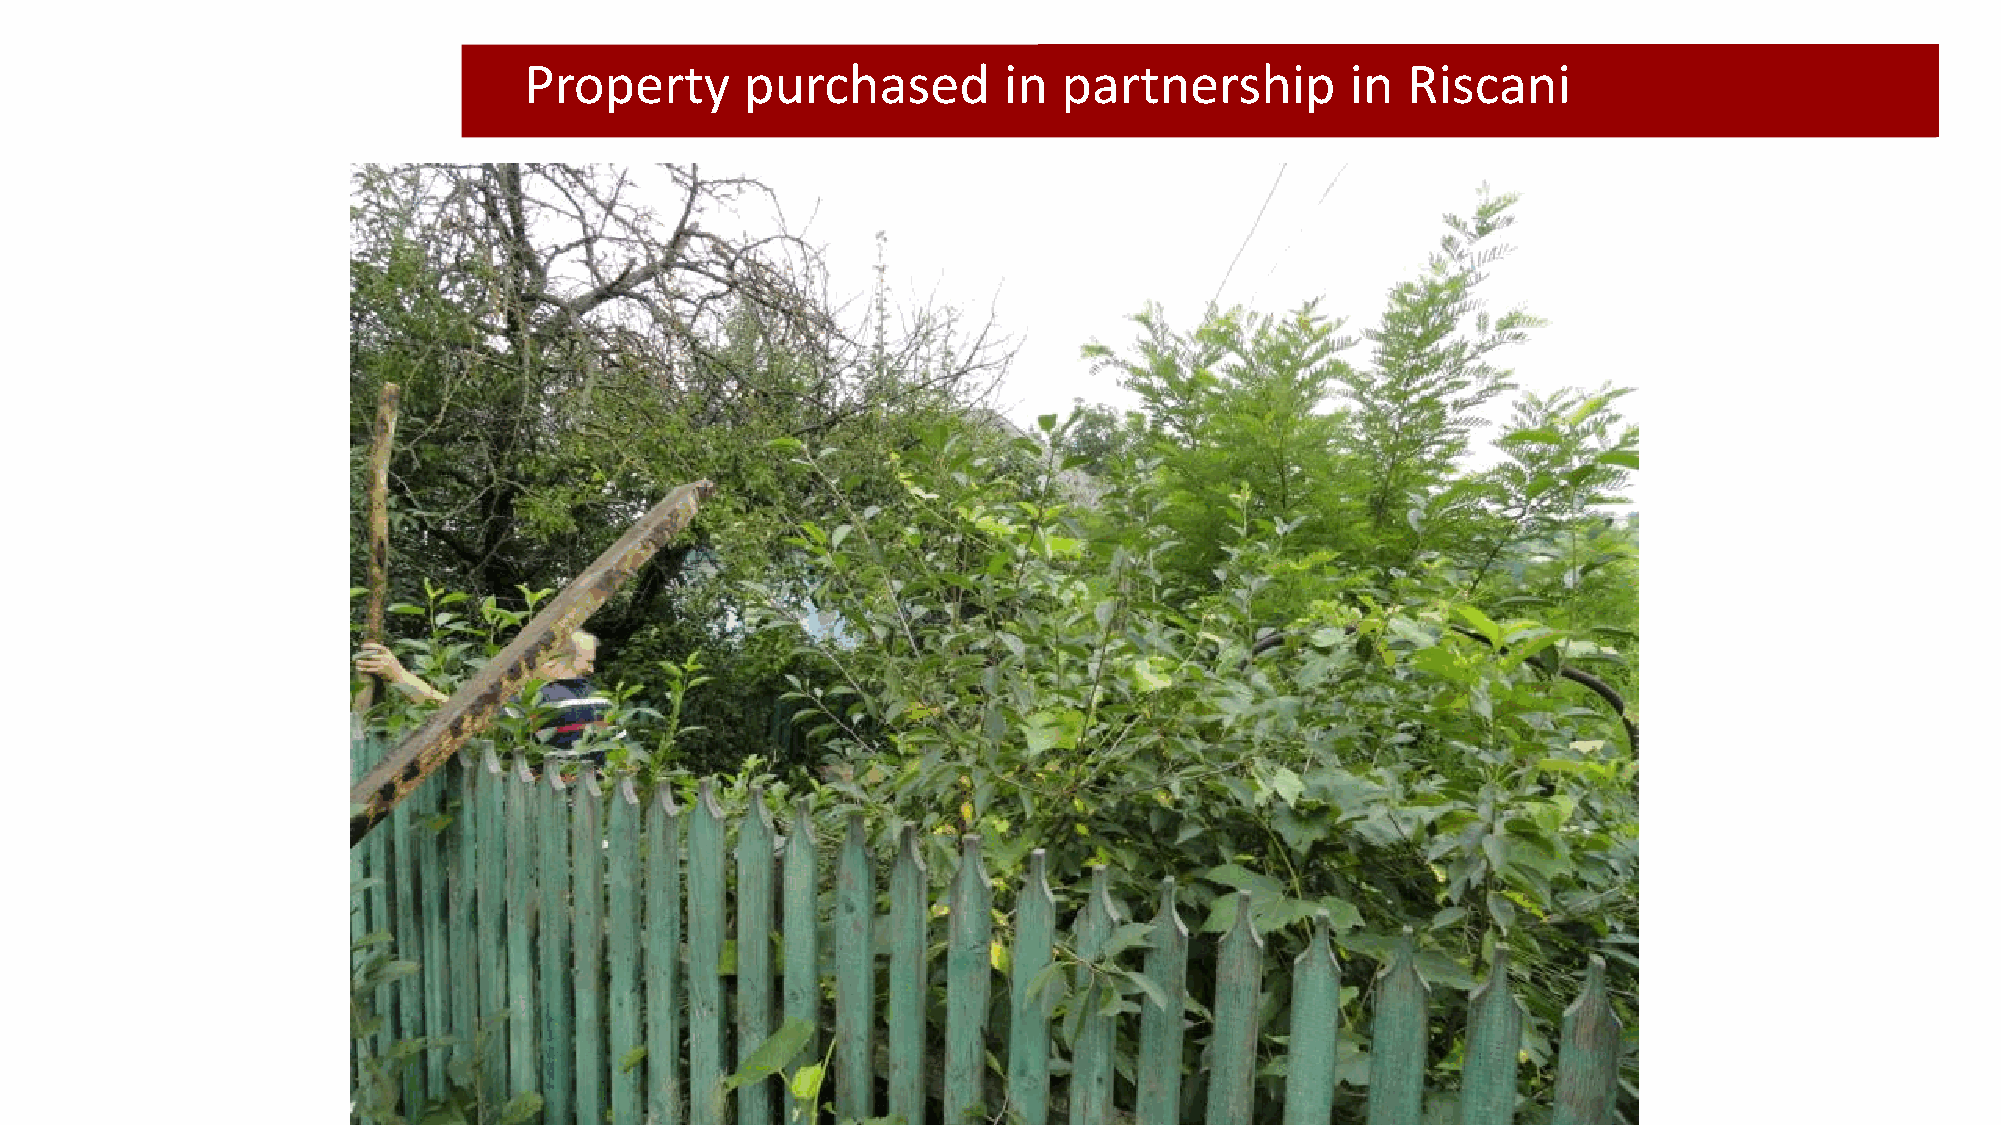
Property      purchased        in  partnership        in  Riscani